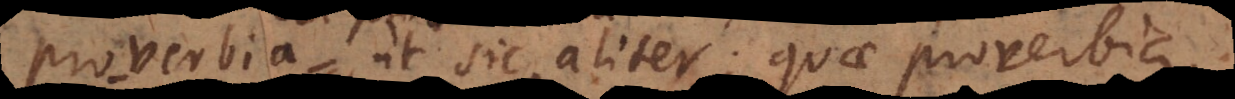
ut sic, aliter; quae proverbia